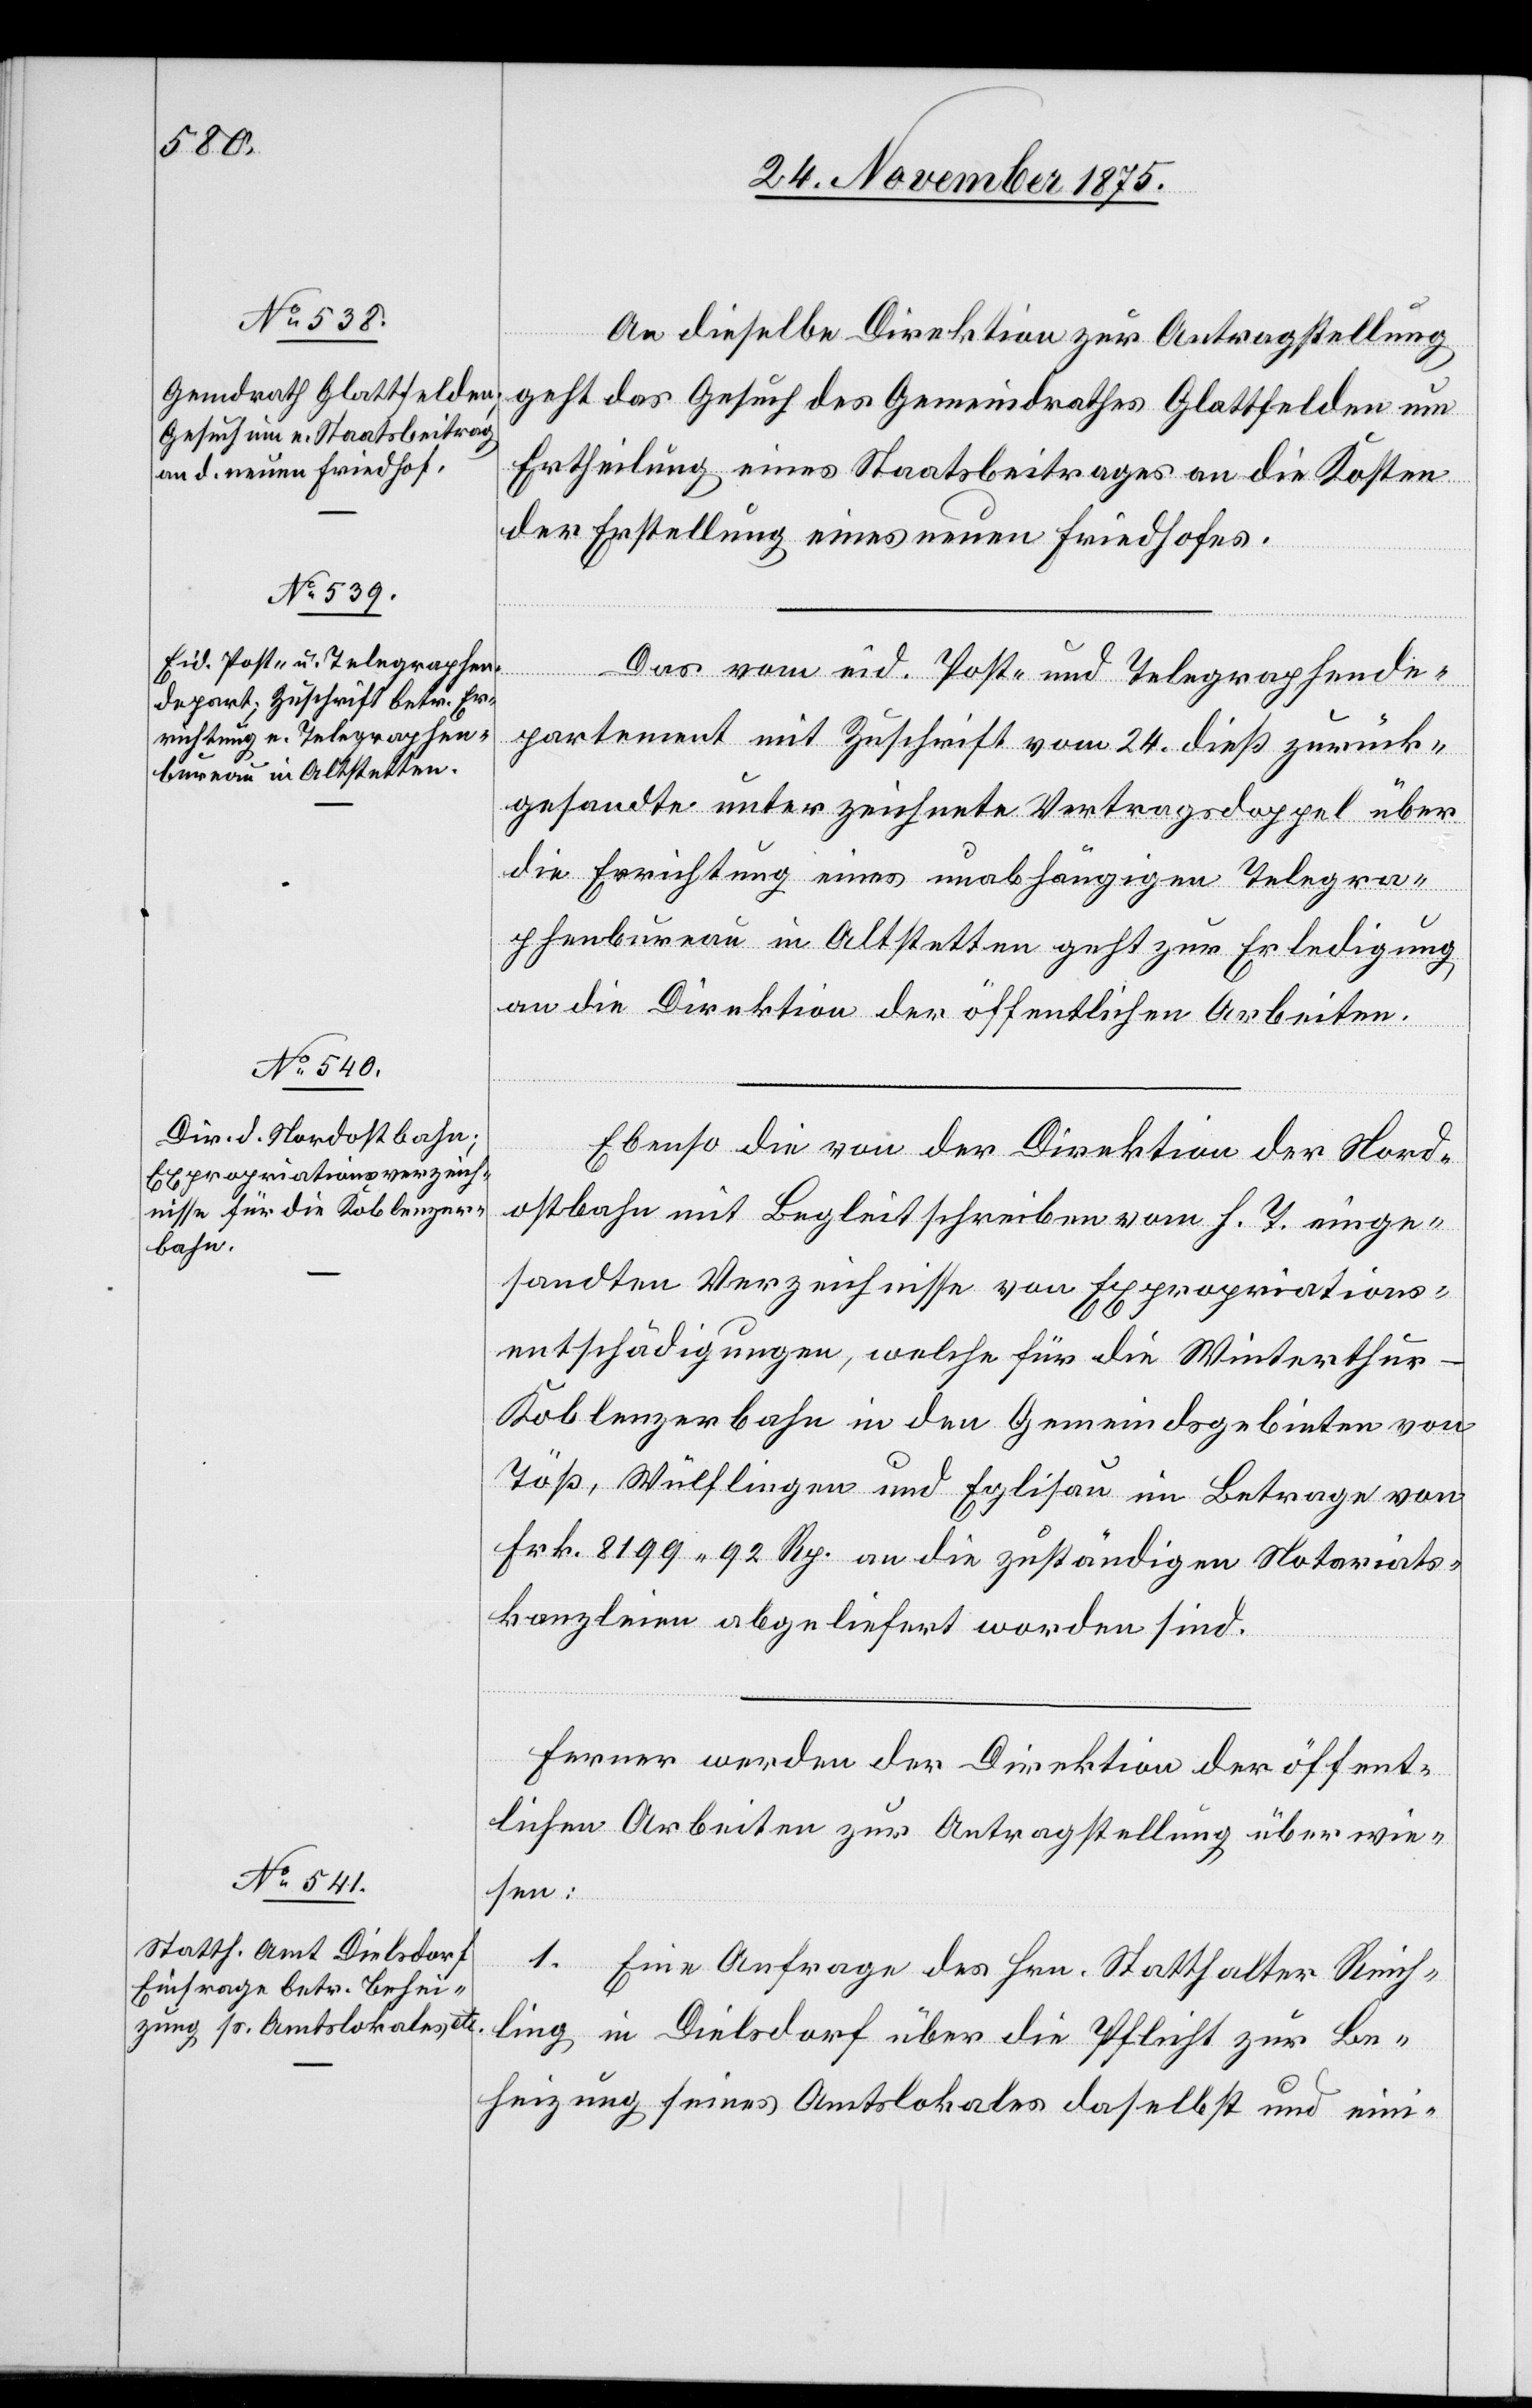
26. November 1875.]
An dieselbe Direktion zur Antragstellung
geht das Gesuch des Gemeindrathes Glattfelden um
Ertheilung eines Staatsbeitrages an die Kosten
der Erstellung eines neuen Friedhofes.
Das vom eid. Post- und Telegraphende¬
partement mit Zuschrift vom 24. dieß zurück¬
gesandte unterzeichnete Vertragsdoppel über
die Errichtung eines unabhängigen Telegra¬
phenbureau in Altstetten geht zur Erledigung
an die Direktion der öffentlichen Arbeiten.
Ebenso die von der Direktion der Nord¬
ostbahn mit Begleitschreiben vom h. T. einge¬
sandten Verzeichnisse von Expropriations¬
entschädigungen, welche für die Winterthu¬
r–Koblenzerbahn in den Gemeindsgebieten von
Töß, Wülflingen und Eglisau im Betrage von
Frk. 8199 92 Rp. an die zuständigen Notariats¬
kanzleien abgeliefert worden sind.
Ferner werden der Direktion der öffent¬
lichen Arbeiten zur Antragstellung überwie¬
sen:
1. Eine Anfrage des Hrn. Statthalter Reich¬
ling in Dielsdorf über die Pflicht zur Be¬
heizung seines Amtslokales daselbst und eini-